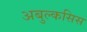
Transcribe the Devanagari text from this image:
अबुल्कसिस